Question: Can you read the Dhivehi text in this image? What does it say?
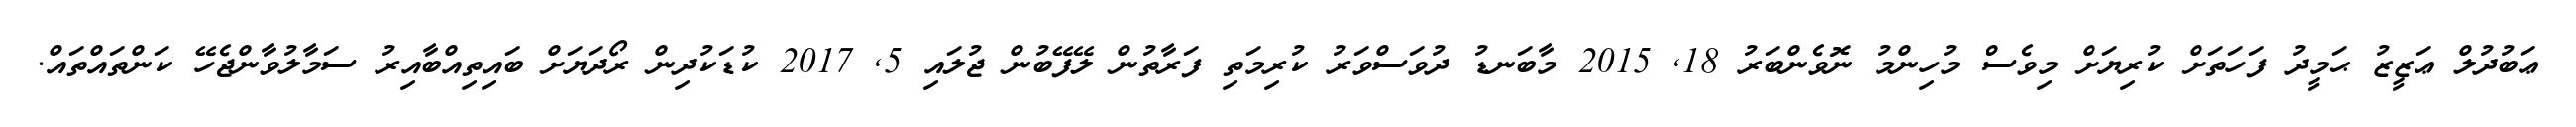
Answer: ޢަބުދުލް ޢަޒީޒު ޙަމީދު ފަހަތަށް ކުރިޔަށް މިވެސް މުހިންމު ނޮވެންބަރު 18, 2015 މާބަނޑު ދުވަސްވަރު ކުރިމަތި ފަރާތުން ލޭފޭބުން ޖުލައި 5, 2017 ކުޑަކުދިން ރޯދަޔަށް ބައިތިއްބާއިރު ސަމާލުވާންޖެހޭ ކަންތައްތައް.